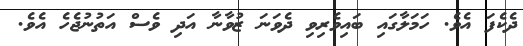
ދެެކެފަ އެވެ. ހަމަލާގައި ބައިވެރިވި ދެވަނަ ޒުވާނާ އަދި ވެސް އަތުނުޖެހެ އެވެ.